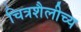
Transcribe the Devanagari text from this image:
चित्रशैलीच्य